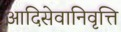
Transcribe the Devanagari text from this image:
आदिसेवानिवृत्ति